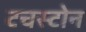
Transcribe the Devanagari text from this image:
टचस्‍टोन